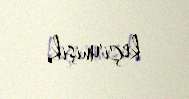
keçirmişik.